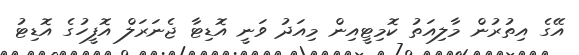
އޭގެ އިތުރުން މާލިއަތު ކޮމިޓީއިން މިއަދު ވަނީ އޮޑިޓާ ޖެނަރަލް އޮފީހުގެ އޮޑިޓު